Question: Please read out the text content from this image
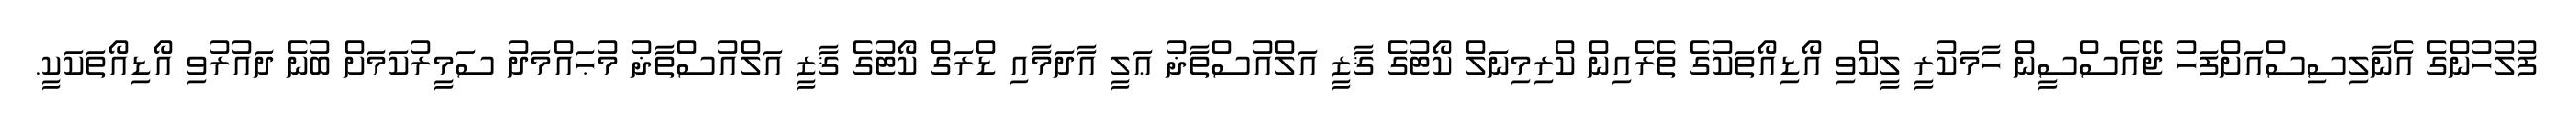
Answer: ފުލުހުންގެ އެނާލިސިސްއަށްފަހު ޖޭއެސްސީން ހާމަކުރީ ލީކްވި އޯޑިއޯތަކުގެ ތެރެއިން ކްރިމިނަލް ކޯޓުގެ ޤާޒީ އަލްއުސްތާޛު ޢަލީ އާދަމާއި ޑްރަގް ކޯޓުގެ ޤާޒީ އަލްއުސްތާޛު މުޙައްމަދު ސަމީރުކަމަށް ބުނެ ދައުރުވި އޯޑިއޯތަކަކީ.